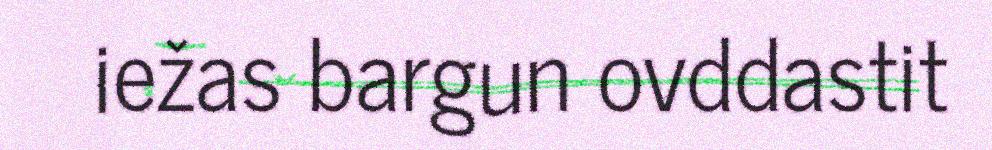
iežas bargun ovddastit